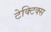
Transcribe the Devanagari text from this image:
टेक्टिक्स